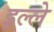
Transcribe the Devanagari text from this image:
इल्ले